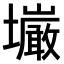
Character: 𫮿